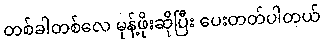
တစ်ခါတစ်လေ မုန့်ဖိုးဆိုပြီး ပေးတတ်ပါတယ်